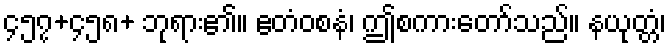
၄၅၇+၄၅၈+ ဘုရား၏။ ဧတံဝစနံ၊ ဤစကားတော်သည်။ နယုတ္တံ၊